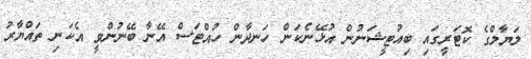
ލަޔާލްގެ ކޮޓަރީގައި ބިއުޓީޝަނުން އުޅޭނެކަން ހަނދާން ހުއްޓަސް އޭނާ ބޭނުންވީ އެކަނި ތައްޔާރު